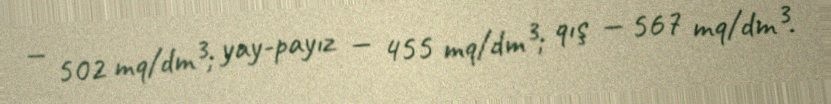
— 502 mq/dm³; yay-payız — 455 mq/dm³; qış — 567 mq/dm³.